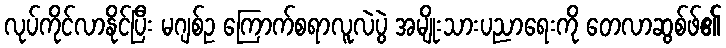
လုပ်ကိုင်လာနိုင်ပြီး မဂျစ်ဥ ကြောက်စရာလူလဲပွဲ အမျိုးသားပညာရေးကို တေလာဆွစ်ဖ်၏